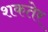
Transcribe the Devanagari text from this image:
शकतेर